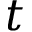
t